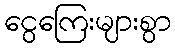
ငွေကြေးများစွာ